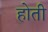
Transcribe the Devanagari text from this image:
हाेती